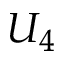
U _ { 4 }